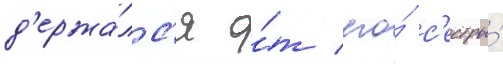
д'ержа́лс'я о́т его́ с'естры́